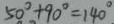
5 0 ^ { \circ } + 9 0 ^ { \circ } = 1 4 0 ^ { \circ }